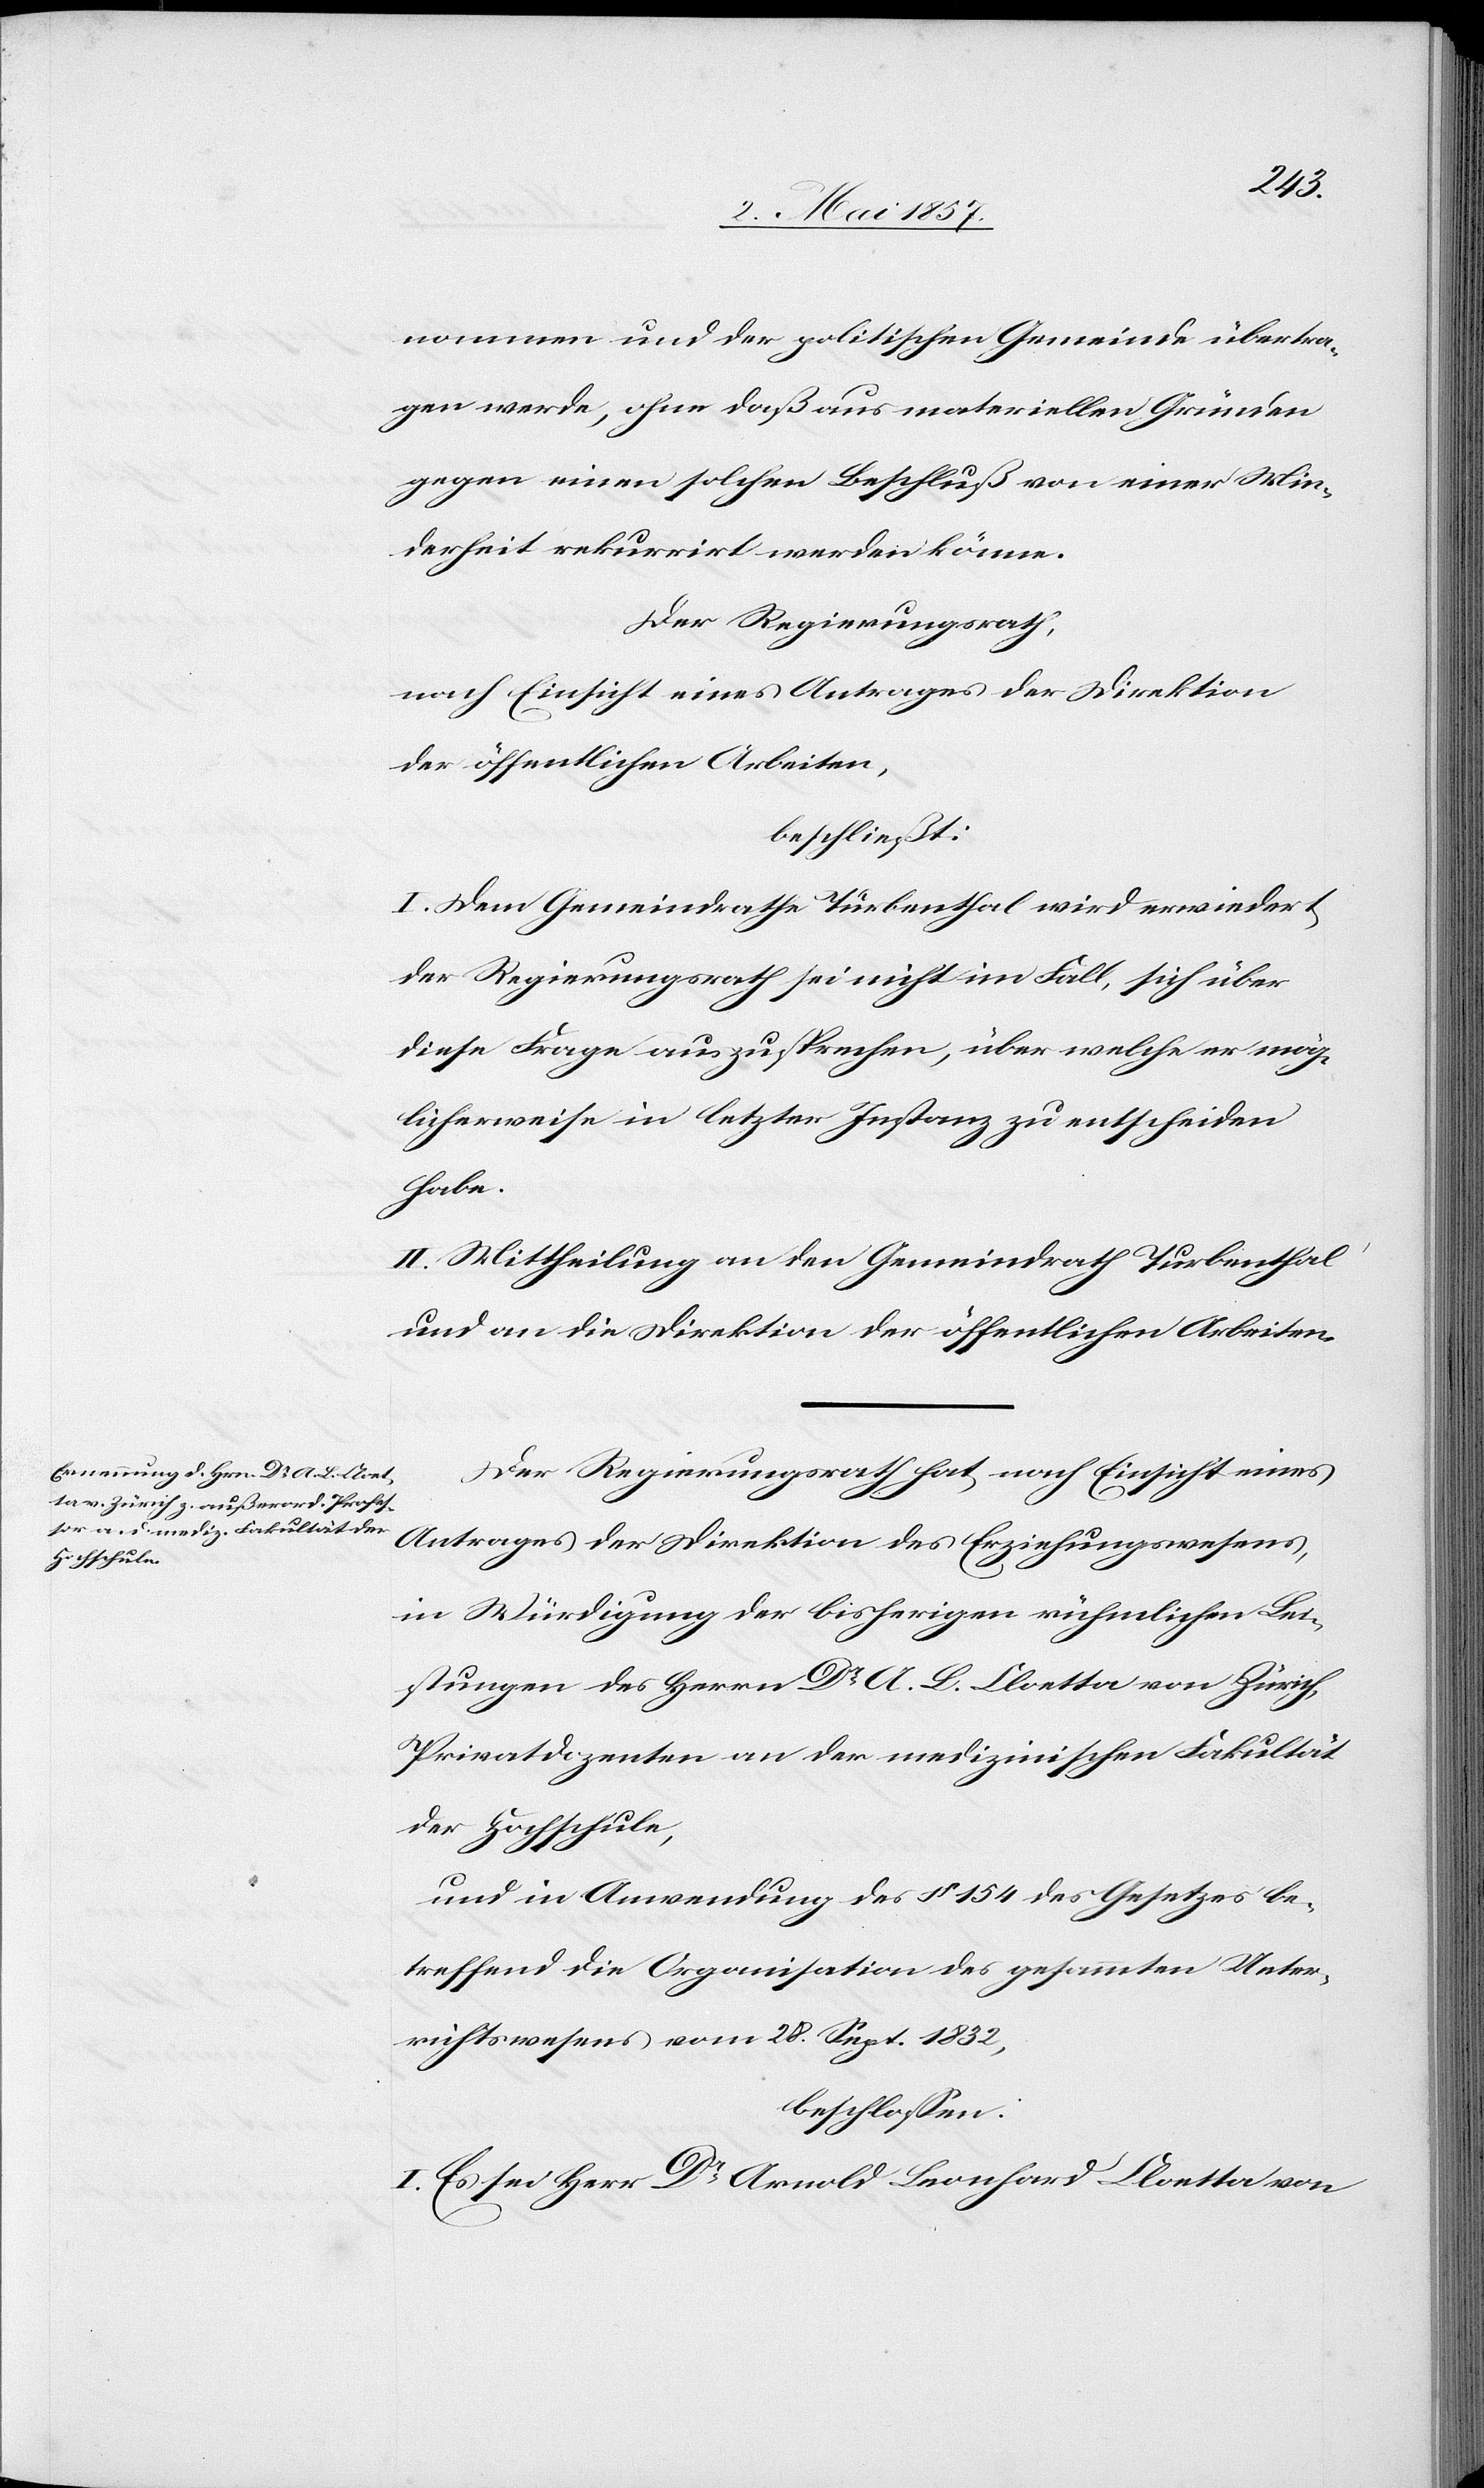
nommen und der politischen Gemeinde übertra¬
gen werde, ohne daß aus materiellen Gründen
gegen einen solchen Beschluß von einer Min¬
derheit rekurrirt werden könne.
Der Regierungsrath,
nach Einsicht eines Antrages der Direktion
der öffentlichen Arbeiten,
beschließt:
I. Dem Gemeindrathe Turbenthal wird erwiedert
der Regierungsrath sei nicht im Fall, sich über
diese Frage auszusprechen, über welche er mög¬
licherweise in letzter Instanz zu entscheiden
habe.
II. Mittheilung an den Gemeindrath Turbenthal
und an die Direktion der öffentlichen Arbeiten.
Der Regierungsrath hat, nach Einsicht eines
Antrages der Direktion des Erziehungswesens,
in Würdigung der bisherigen rühmlichen Lei¬
stungen des Herrn Dr A. L. Cloetta von Zürich,
Privatdozenten an der medizinischen Fakultät
der Hochschule,
und in Anwendung des § 154 des Gesetzes be¬
treffend die Organisation des gesammten Unter¬
richtswesens vom 28 Sept. 1832,
beschlossen:
I. Es sei Herr Dr Arnold Leonhard Cloetta von